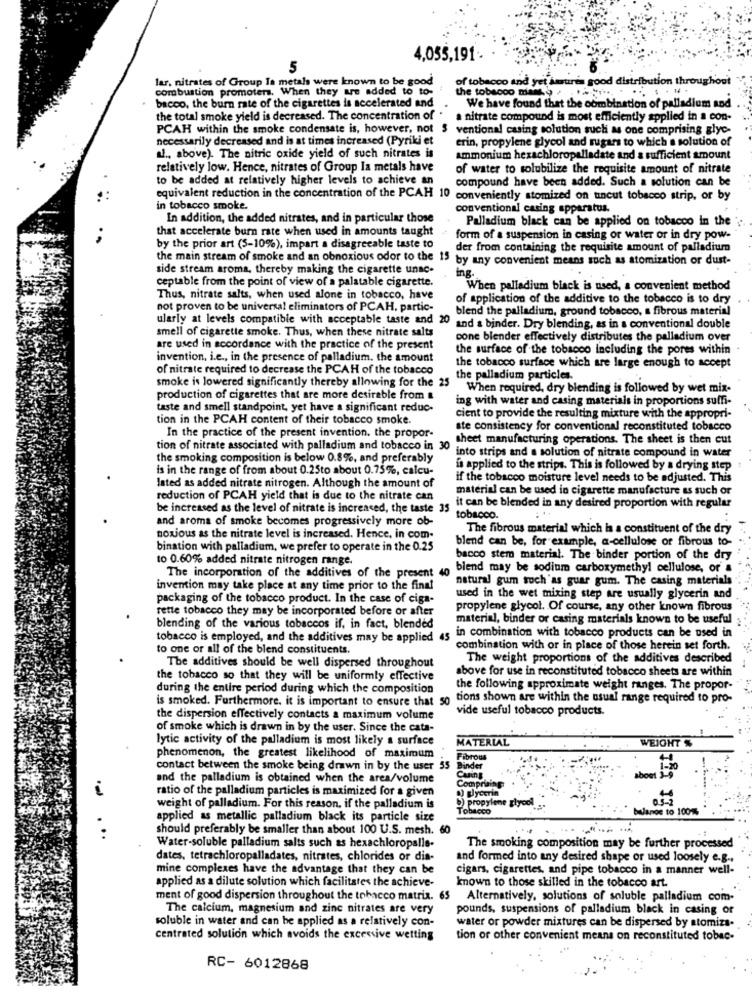
4,055,191.
lar. nitrates of Group Is metals were known to be good
of tobacco and yet smrtires good distribution throughout
combustion promoters. When they are added to to-
the tobacco mars. . .... .....
. .. . . .. .
bacco, the burn rate of the cigarettes is accelerated and
We have found that the combination of palladium and
the total smoke yield is decreased. The concentration of .
nitrate compound is most efficiently applied in a con-
PCAH within the smoke condensate is, however, not 5 ventional casing solution such as one comprising glyc-
necessarily decreased and is at times increased (Pyriki et
erin, propylene glycol and sugars to which a solution of
u ., above). The nitric oxide yield of such nitrates is
ammonium hexachloropalladate and a sufficient amount
relatively low. Hence, nitrates of Group la metals have
of water to solubilize the requisite amount of nitrate
to be added at relatively higher levels to achieve an
compound have been added. Such a solution can be
equivalent reduction in the concentration of the PCAH 10 conveniently atomized on uncut tobacco strip, or by
in tobacco smoke.
conventional casing apparatus.
In addition, the added nitrates, and in particular those
Palladium black can be applied on tobacco in the
that accelerate burn rate when used in amounts taught
..
form of a suspension in casing or water or in dry pow-
by the prior art (5-10%), impart a disagreeable taste to
der from containing the requisite amount of palladium
the main stream of smoke and an obnoxious odor to the 15 by any convenient means such as atomization or dust-
side stream aroma, thereby making the cigarette unac-
ceptable from the point of view of a palatable cigarette.
ing.
When palladium black is used, a convenient method
Thus, nitrate salts, when used alone in tobacco, have
of application of the additive to the tobacco is to dry
not proven to be universal eliminators of PCAH, partic-
blend the palladium, ground tobacco, a fibrous material
ularly at levels compatible with acceptable taste and 20
smell of cigarette smoke. Thus, when these nitrate salts
and a binder. Dry blending, as in a conventional double
cone blender effectively distributes the palladium over
are used in accordance with the practice of the present
the surface of the tobacco including the pores within
invention, i.e ., in the presence of palladium. the amount
of nitrate required to decrease the PCAH of the tobacco
the tobacco surface which are large enough to accept
smoke is lowered significantly thereby allowing for the 25
the palladium particles.
When required, dry blending is followed by wet mix-
production of cigarettes that are more desirable from &
ing with water and casing materials in proportions suffi-
taste and smell standpoint, yet have a significant reduc-
tion in the PCAH content of their tobacco smoke.
cient to provide the resulting mixture with the appropri-
ste consistency for conventional reconstituted tobacco
In the practice of the present invention. the propor-
sheet manufacturing operations. The sheet is then cut
tion of nitrate associated with palladium and tobacco in 30 into strips and a solution of nitrate compound in water
the smoking composition is below 0.8%, and preferably
is in the range of from about 0.25to about 0.75%, calcu-
is applied to the strips. This is followed by a drying step
if the tobacco moisture level needs to be adjusted. This
lated as added nitrate nitrogen. Although the amount of
material can be used in cigarette manufacture as such or
reduction of PCAH yield that is due to the nitrate can
be increased as the level of nitrate is increased, the taste 35
it can be blended in any desired proportion with regular
and aroma of smoke becomes progressively more ob-
tobacco.
The fibrous material which is a constituent of the dry
noxious as the nitrate level is increased. Hence, in com-
blend can be, for example, a-cellulose of fibrous to-
bination with palladium, we prefer to operate in the 0.25
to 0.60% added nitrate nitrogen range.
bacco stem material. The binder portion of the dry
t 40
blend may be sodium carboxymethyl cellulose, or a
The incorporation of the additives of the present
natural gum soch'as guar gum. The casing materials
invention may take place at any time prior to the final
packaging of the tobacco product. In the case of ciga-
used in the wet mixing step are usually glycerin and
rette tobacco they may be incorporated before or after
propylene glycol. Of course, any other known fibrous
material, binder or casing materials known to be useful
blending of the various tobaccos if, in fact, blended
tobacco is employed, and the additives may be applied 45 in combination with tobacco products can be used in
to one or all of the blend constituents.
combination with or in place of those herein set forth.
The weight proportions of the additives described
The additives should be well dispersed throughout
above for use in reconstituted tobacco sheets are within
the tobacco so that they will be uniformly effective
during the entire period during which the composition
the following approximate weight ranges. The propor-
is smoked. Furthermore, it is important to ensure that so tions shown are within the usual range required to pro-
vide useful tobacco products.
the dispersion effectively contacts a maximum volume
of smoke which is drawn in by the user. Since the cata-
lytic activity of the palladium is most likely a surface
MATERIAL
WEIGHT %
phenomenon, the greatest likelihood of maximum
Fibrous
contact between the smoke being drawn in by the user 55
Binder
and the palladium is obtained when the area/volume
Comprising
i
ratio of the palladium particles is maximized for a given
a) glycerin
b) propylene glycol
weight of palladium. For this reason, if the palladium is
Tobacco
bulange to 1001
applied as metallic palladium black its particle size
should preferably be smaller than about 100 U.S. mesh. 60
. ..
Water-soluble palladium salts such as hexachloropalle-
The smoking composition may be further processed
dates, tetrachloropalladates, nitrates, chlorides or dia-
and formed into any desired shape or used loosely e.g ..
mine complexes have the advantage that they can be
cigars, cigarettes, and pipe tobacco in a manner well-
applied as a dilute solution which facilitates the achieve-
known to those skilled in the tobacco art.
ment of good dispersion throughout the tobacco matrix. 65
Alternatively, solutions of soluble palladium com-
The calcium, magnesium and zinc nitrates are very
pounds, suspensions of palladium black in casing or
soluble in water and can be applied as a relatively con-
water or powder mixtures can be dispersed by atomizs-
centrated solution which avoids the excessive wetting
tion or other convenient means on reconstituted tobac-
RC- 6012868